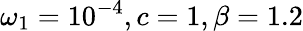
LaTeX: \omega_{1}=10^{-4},c=1,\beta=1.2